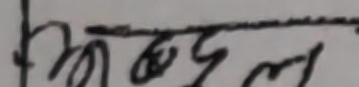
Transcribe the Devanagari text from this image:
अब्दल